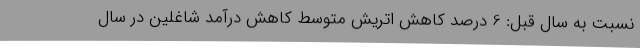
نسبت به سال قبل: 6 درصد کاهش اتریش متوسط کاهش درآمد شاغلین در سال